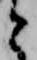
と